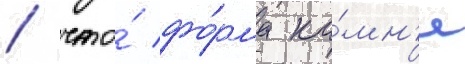
/ что́ фо́рма ка́мн'я